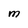
Character: M